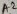
Text: A2